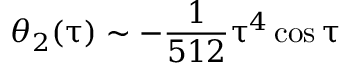
\theta _ { 2 } ( \uptau ) \sim - \frac { 1 } { 5 1 2 } \uptau ^ { 4 } \cos \uptau